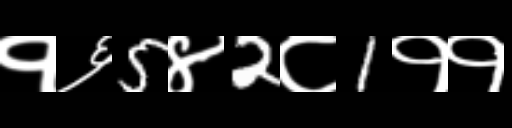
Text: १६5४2८1११